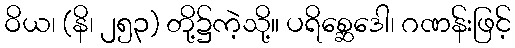
ဝိယ၊ (နိ၊ ၂၅၃) တို့၌ကဲ့သို့။ ပရိစ္ဆေဒေါ၊ ဂဏန်းဖြင့်